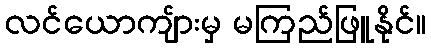
လင်ယောကျ်ားမှ မကြည်ဖြူနိုင်။